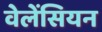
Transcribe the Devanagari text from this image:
वेलेंसियन